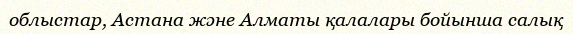
облыстар, Астана және Алматы қалалары бойынша салық